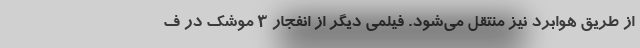
از طریق هوابرد نیز منتقل می‌شود. فیلمی دیگر از انفجار ۳ موشک در ف